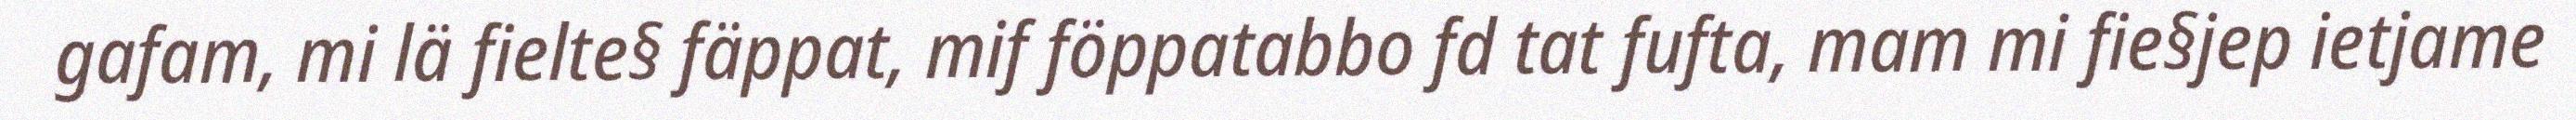
gafam, mi lä fielte§ fäppat, mif föppatabbo fd tat fufta, mam mi fie§jep ietjame